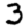
Digit: 3